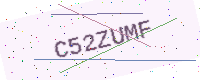
Text: C52ZUMF